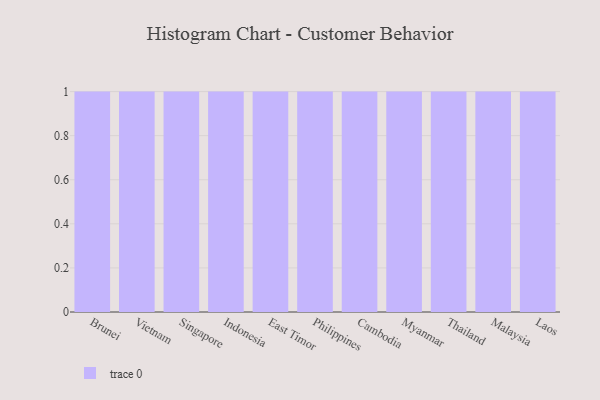
{"axis": {"x": "Country", "y": "Humidity (%)"}, "legend": [""], "data": [{"x": "Brunei", "y": 99, "type": ""}, {"x": "Vietnam", "y": 51, "type": ""}, {"x": "Singapore", "y": 16, "type": ""}, {"x": "Indonesia", "y": 64, "type": ""}, {"x": "East Timor", "y": 88, "type": ""}, {"x": "Philippines", "y": 76, "type": ""}, {"x": "Cambodia", "y": 19, "type": ""}, {"x": "Myanmar", "y": 11, "type": ""}, {"x": "Thailand", "y": 90, "type": ""}, {"x": "Malaysia", "y": 56, "type": ""}, {"x": "Laos", "y": 22, "type": ""}]}